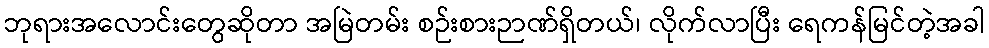
ဘုရားအလောင်းတွေဆိုတာ အမြဲတမ်း စဉ်းစားဉာဏ်ရှိတယ်၊ လိုက်လာပြီး ရေကန်မြင်တဲ့အခါ